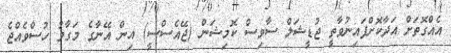
އެއްގޮތަށް އަދާކޮށްފައިނުވާތީ ޖުޑީޝަލް ސާވިސް ކޮމިޝަން (ޖޭއެސްސީ) އިން އޭނާގެ މަގާމު ހުސްވެއްޖެ